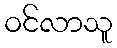
ဝင်လာသူ